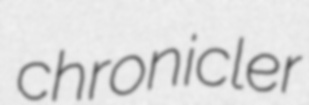
chronicler